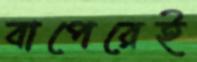
বাপেরেই